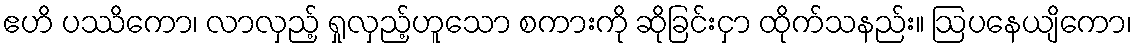
ဧဟိ ပဿိကော၊ လာလှည့် ရှုလှည့်ဟူသော စကားကို ဆိုခြင်းငှာ ထိုက်သနည်း။ ဩပနေယျိကော၊